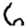
Digit: 6